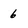
Character: 6